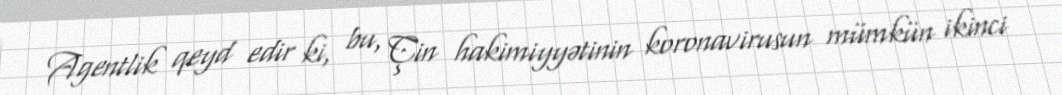
Agentlik qeyd edir ki, bu, Çin hakimiyyətinin koronavirusun mümkün ikinci